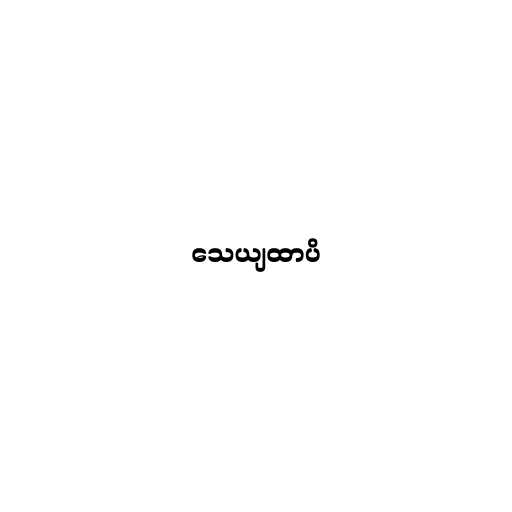
သေယျထာပိ